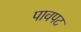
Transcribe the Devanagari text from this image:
पावपट